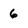
Character: 6